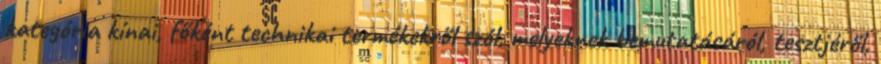
kategória kínai, főként technikai termékekről szól, melyeknek bemutatásáról, tesztjéről,